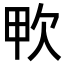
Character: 𣢗